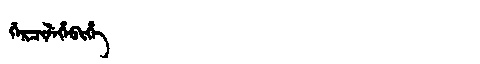
Manchu: ᡤᡝᡵᠴᡳᠯᡝᡥᡝᠪᡳᡥᡝ
Romanization: GERCILEHEBIHE